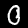
Label: 0